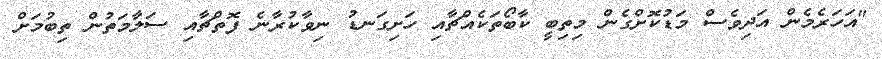
"އަހަރެމެން އަދިވެސް މަޑުކޮށްގެން މިތިބީ ކާބޯތަކެއްޗާއި ހަށިގަނޑު ނިވާކުރާނެ ފޮތްޗާއި ސަލާމަތުން ތިބުމަށް